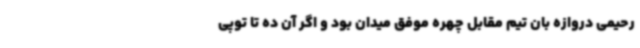
رحیمی دروازه بان تیم مقابل چهره موفق میدان بود و اگر آن ده تا توپی